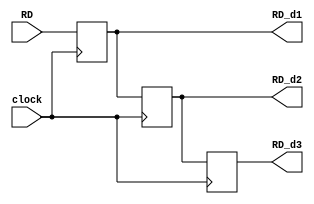
module RD_delay(RD,RD_d1,RD_d2,RD_d3,clock);
input [4:0]RD;
output [4:0]RD_d1;
output [4:0]RD_d2;
output [4:0]RD_d3;
input clock;
reg [4:0]RD_d1;
reg [4:0]RD_d2;
reg [4:0]RD_d3;

always@(posedge clock)
begin
RD_d1<=RD;
end

always@(posedge clock)
begin
RD_d2<=RD_d1;
end

always@(posedge clock)
begin
RD_d3<=RD_d2;
end

endmodule